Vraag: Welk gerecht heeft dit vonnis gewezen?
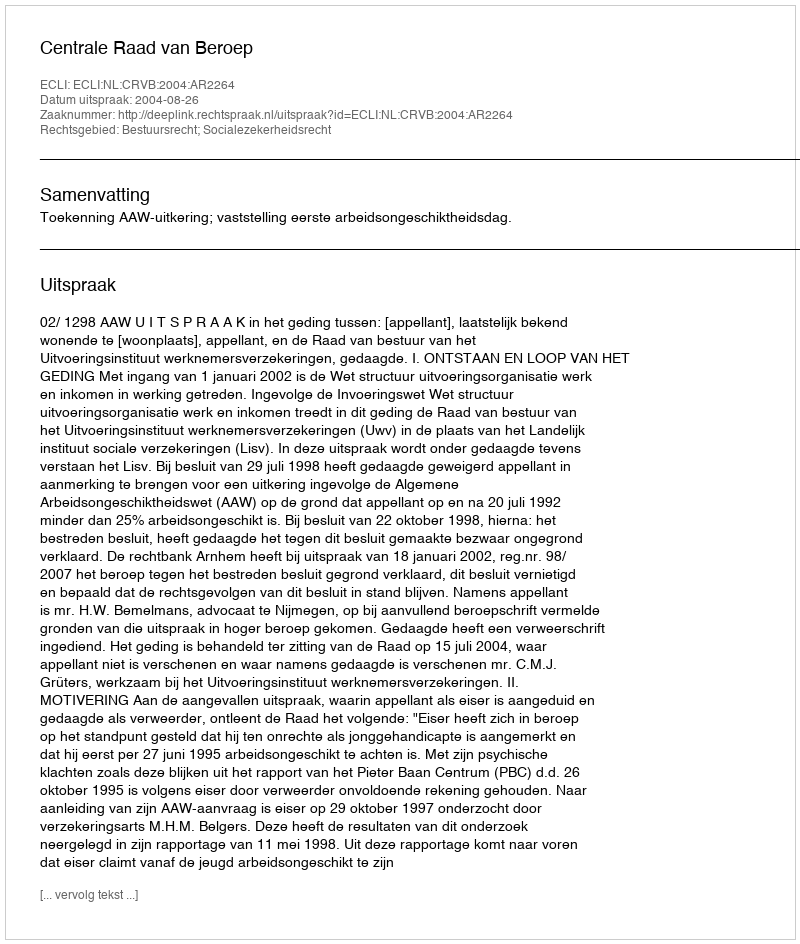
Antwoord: Centrale Raad van Beroep